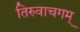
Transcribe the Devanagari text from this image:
तिरुवाचगम्‌